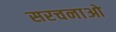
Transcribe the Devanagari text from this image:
सरचनाओ